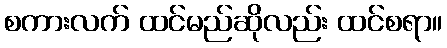
စကားလက် ထင်မည်ဆိုလည်း ထင်စရာ။